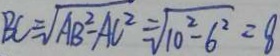
B C = \sqrt { A B ^ { 2 } - A C ^ { 2 } } = \sqrt { 1 0 ^ { 2 } - 6 ^ { 2 } } = 8